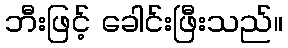
ဘီးဖြင့် ခေါင်းဖြီးသည်။